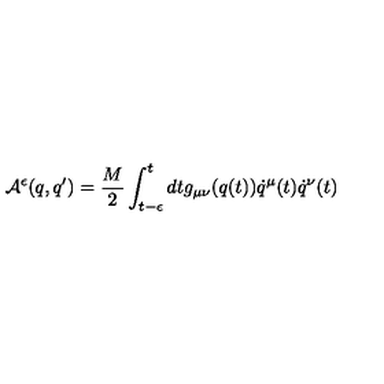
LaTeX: { \cal A } ^ { \epsilon } ( q , q ^ { \prime } ) = \frac { M } { 2 } \int _ { t - \epsilon } ^ { t } d t g _ { \mu \nu } ( q ( t ) ) \dot { q } ^ { \mu } ( t ) \dot { q } ^ { \nu } ( t )